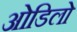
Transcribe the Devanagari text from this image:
ओडिलो